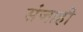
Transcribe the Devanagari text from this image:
संजाही